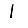
Digit: 1